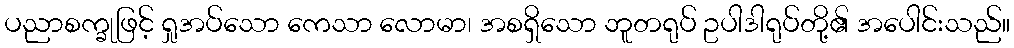
ပညာစက္ခုဖြင့် ရှုအပ်သော ကေသာ လောမာ၊ အစရှိသော ဘူတရုပ် ဥပါဒါရုပ်တို့၏ အပေါင်းသည်။